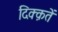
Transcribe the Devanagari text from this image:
दिक्क़तें